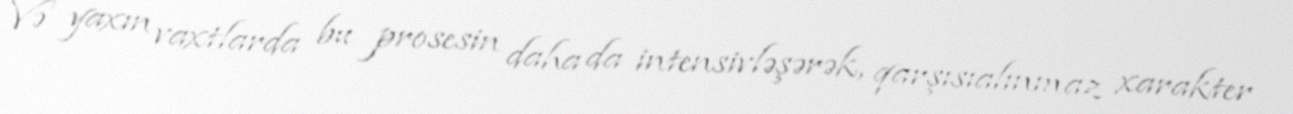
Və yaxın vaxtlarda bu prosesin daha da intensivləşərək, qarşısıalınmaz xarakter